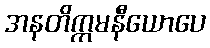
အနတိက္ကမနီယောပေ